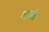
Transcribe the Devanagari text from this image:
बाबी।